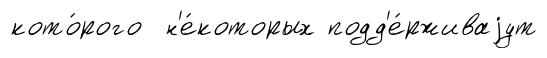
кото́рого н'е́которых подд'е́рживаjут